Anatomy and histology of ticks - Number 23
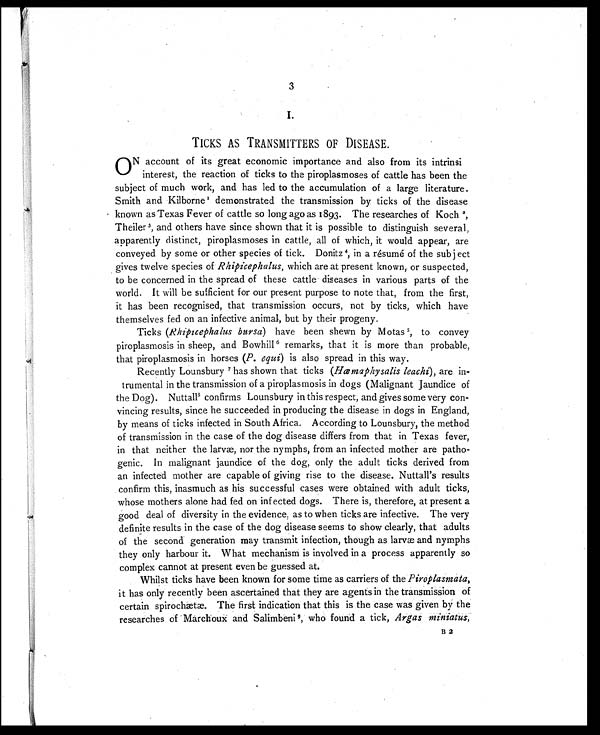
3
I.
TICKS AS TRANSMITTERS OF DISEASE.
O N account of its great economic importance and also from its intrinsi
interest, the reaction of ticks to the piroplasmoses of cattle has been the
subject of much work, and has led to the accumulation of a large literature.
Smith and Kilborne 1 demonstrated the transmission by ticks of the disease
known as Texas Fever of cattle so long ago as 1893. The researches of Koch 2,
Theiler 3, and others have since shown that it is possible to distinguish several,
apparently distinct, piroplasmoses in cattle, all of which, it would appear, are
conveyed by some or other species of tick. Donitz 4, in a résumé of the subject
gives twelve species of Rhipicephalus, which are at present known, or suspected,
to be concerned in the spread of these cattle diseases in various parts of the
world. It will be sufficient for our present purpose to note that, from the first,
it has been recognised, that transmission occurs, not by ticks, which have
themselves fed on an infective animal, but by their progeny.
Ticks ( Rhipicephalus bursa) have been shewn by Motas 5, to convey
piroplasmosis in sheep, and Bowhill 6 remarks, that it is more than probable,
that piroplasmosis in horses (P. equi) is also spread in this way.
Recently Lounsbury 7 has shown that ticks (Hæmaphysalis leachi), are in-
s t r u m e n t a l i n t h e t r a n s m i s s i o n of a piroplasmosis in dogs (Malignant Jaundice of
the Dog). Nuttall8 confirms Lounsbury in this respect, and gives some very con-
vincing results, since he succeeded in producing the disease in dogs in England,
by means of ticks infected in South Africa. According to Lounsbury, the method
of transmission in the case of the dog disease differs from that in Texas fever,
in that neither the larvæ, nor the nymphs, from an infected mother are patho-
genic. In malignant jaundice of the dog, only the adult ticks derived from
an infected mother are capable of giving rise to the disease. Nuttall's results
confirm this, inasmuch as his successful cases were obtained with adult ticks,
whose mothers alone had fed on infected dogs. There is, therefore, at present a
good deal of diversity in the evidence, as to when ticks are infective. The very
definite results in the case of the dog disease seems to show clearly, that adults
of the second generation may transmit infection, though as larvæ and nymphs
they only harbour it. What mechanism is involved in a process apparently so
complex cannot at present even be guessed at.
Whilst ticks have been known for some time as carriers of the Piroplasmata,
it has only recently been ascertained that they are agents in the transmission of
certain spirochætæ. The first indication that this is the case was given by the
researches of Marchoux and Salimbeni 9, who found a tick, Argas miniatus,
B 2